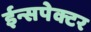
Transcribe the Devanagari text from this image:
ईन्सपेक्टर